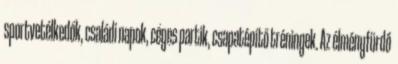
sportvetélkedők, családi napok, céges partik, csapatépítő tréningek. Az élményfürdő